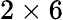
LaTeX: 2\times 6